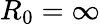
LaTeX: R_{0}=\infty